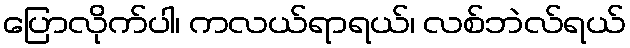
ပြောလိုက်ပါ၊ ကလယ်ရာရယ်၊ လစ်ဘဲလ်ရယ်